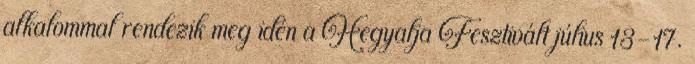
alkalommal rendezik meg idén a Hegyalja Fesztivált július 13-17.